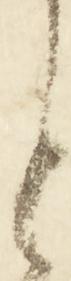
と